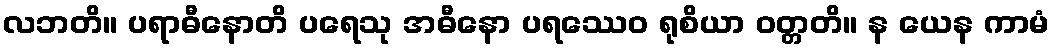
လဘတိ။ ပရာဓီနောတိ ပရေသု အဓီနော ပရဿေဝ ရုစိယာ ဝတ္တတိ။ န ယေန ကာမံ